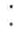
: